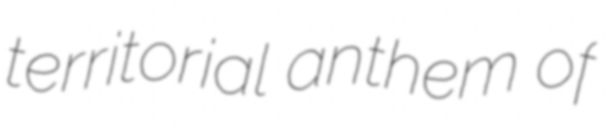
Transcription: territorial anthem of